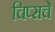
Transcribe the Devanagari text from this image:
चिप्सचे